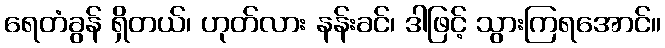
ရေတံခွန် ရှိတယ်၊ ဟုတ်လား နန်းခင်၊ ဒါဖြင့် သွားကြရအောင်။